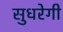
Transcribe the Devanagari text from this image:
सुधरेगी